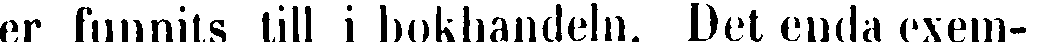
ter funnits till i bokhandeln. Det enda exem-